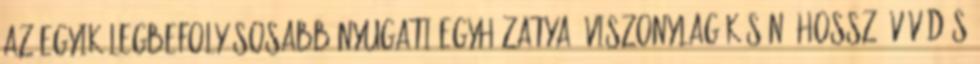
az egyik legbefolyásosabb nyugati egyházatya. Viszonylag későn, hosszú vívódás